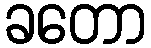
ခတော